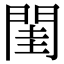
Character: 閨